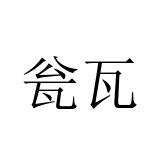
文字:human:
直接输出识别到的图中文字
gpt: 瓮瓦